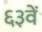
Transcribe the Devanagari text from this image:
६३वें